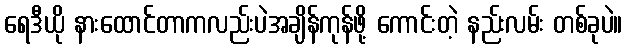
ရေဒီယို နားထောင်တာကလည်းပဲအချိန်ကုန်ဖို့ ကောင်းတဲ့ နည်းလမ်း တစ်ခုပဲ။